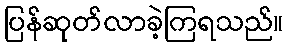
ပြန်ဆုတ်လာခဲ့ကြရသည်။